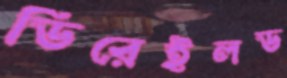
ডিরেইলড